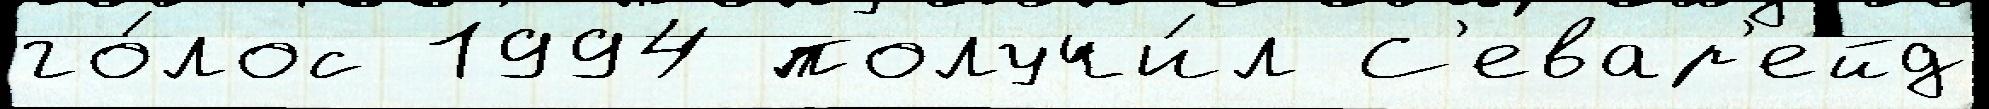
го́лос 1994 получи́л С'евар'ейд